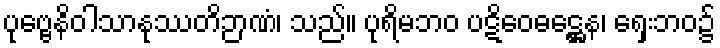
ပုဗ္ဗေနိဝါသာနုဿတိဉာဏံ၊ သည်။ ပုရိမဘဝ ပဋိဝေဓဋ္ဌေန၊ ရှေးဘဝ၌